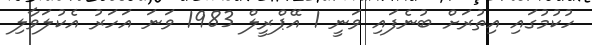
ހުކުމުގައި އިތުރަށް ބުނެފައި ވަނީ 1 އޭޕްރީލް 1983 ވަނަ އަހަރު އެކުލަވާލި